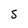
Character: 5